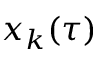
x _ { k } ( \tau )